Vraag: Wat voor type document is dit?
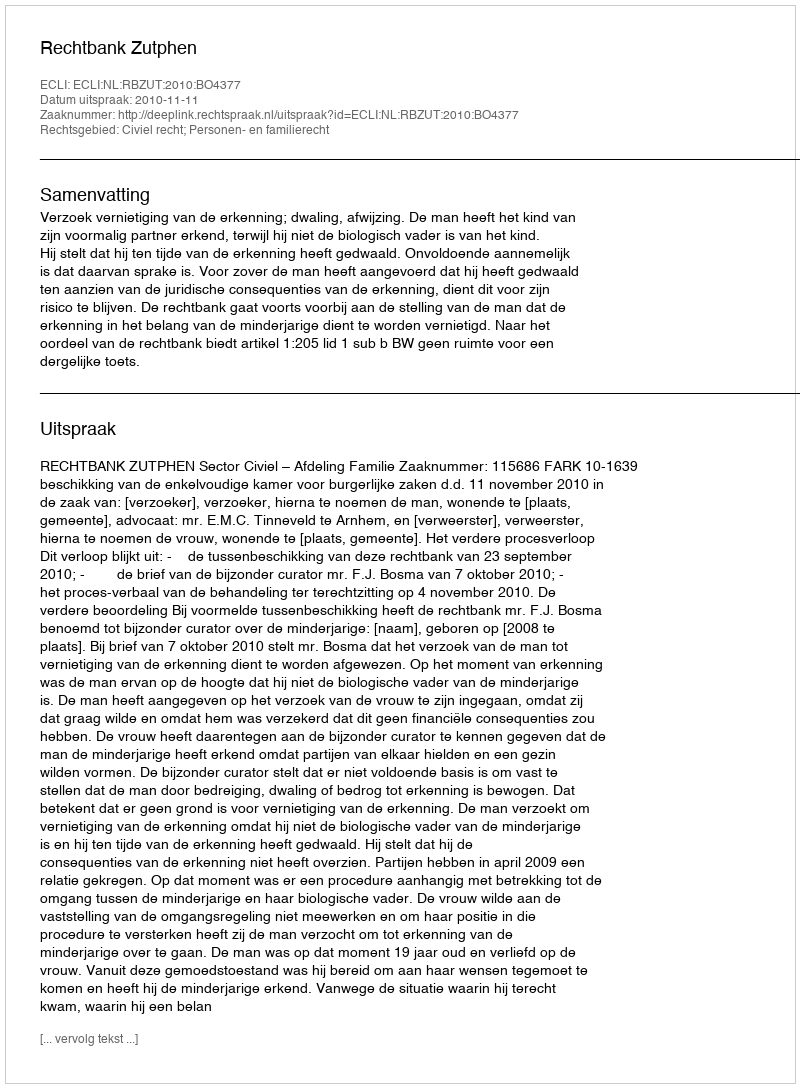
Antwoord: Uitspraak